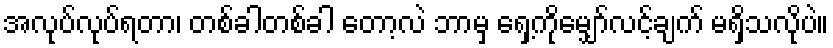
အလုပ်လုပ်ရတာ၊ တစ်ခါတစ်ခါ တော့လဲ ဘာမှ ရှေ့ကိုမျှော်လင့်ချက် မရှိသလိုပဲ။